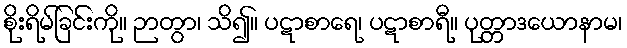
စိုးရိမ်ခြင်းကို။ ဉာတွာ၊ သိ၍။ ပဋာစာရေ၊ ပဋာစာရီ။ ပုတ္တာဒယောနာမ၊